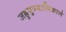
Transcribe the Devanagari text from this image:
जह्नुपुत्र्यास्रिकालं